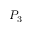
P _ { 3 }